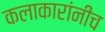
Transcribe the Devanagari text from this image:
कलाकारांनीच